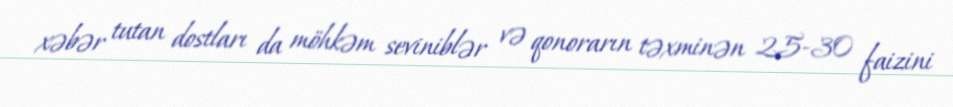
xəbər tutan dostları da möhkəm seviniblər və qonorarın təxminən 25-30 faizini